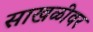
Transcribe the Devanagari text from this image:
साखळीवर